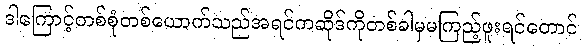
ဒါကြောင့်တစ်စုံတစ်ယောက်သည်အရင်ကဆိုဒ်ကိုတစ်ခါမှမကြည့်ဖူးရင်တောင်